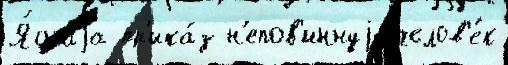
Я́снаjа пр'ика́з н'епов'иннуjу челов'е́к